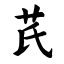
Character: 芪